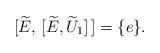
LaTeX: \begin{align*}[\widetilde{E},\,[\widetilde{E},\widetilde{U}_1 ]\,] = \{e \}.\end{align*}